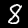
Label: 8